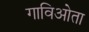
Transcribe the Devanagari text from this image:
गाविओता